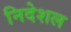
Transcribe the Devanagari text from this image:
निदेशल